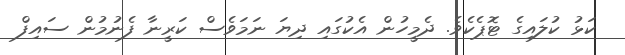
ކަޅު ކުލައިގެ ޓޮޕެކެވެ. ދެމީހުން އެކުގައި ދިޔަ ނަމަވެސް ކަރީނާ ފެނުމުން ސައިފް